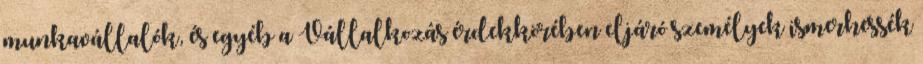
munkavállalók, és egyéb a Vállalkozás érdekkörében eljáró személyek ismerhessék